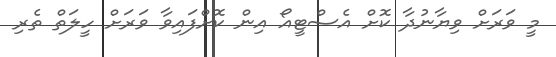
މީ ވަރަށް ވިޔާނުދާ ކޮށް އެސްޓީއޯ އިން ކޮށްފައިވާ ވަރަށް ހީލަތް ތެރި